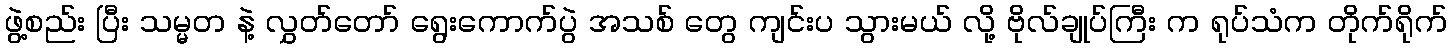
ဖွဲ့စည်း ပြီး သမ္မတ နဲ့ လွှတ်တော် ရွေးကောက်ပွဲ အသစ် တွေ ကျင်းပ သွားမယ် လို့ ဗိုလ်ချုပ်ကြီး က ရုပ်သံက တိုက်ရိုက်